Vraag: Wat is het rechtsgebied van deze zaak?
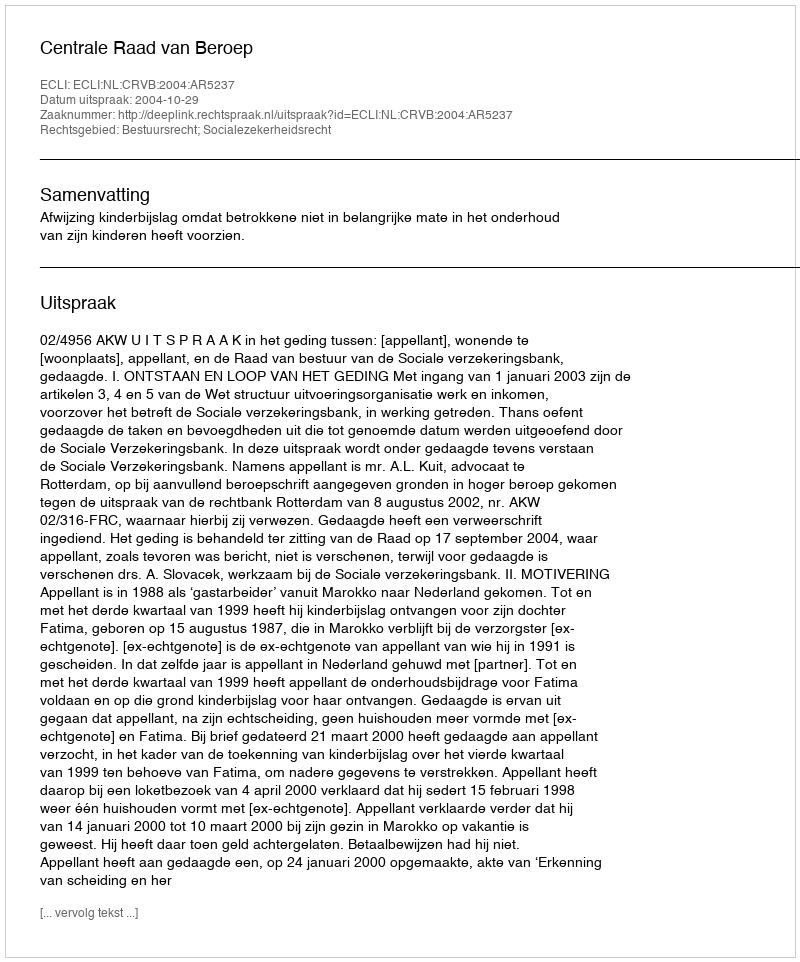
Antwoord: Bestuursrecht; Socialezekerheidsrecht